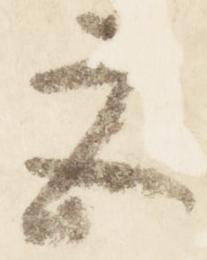
宮